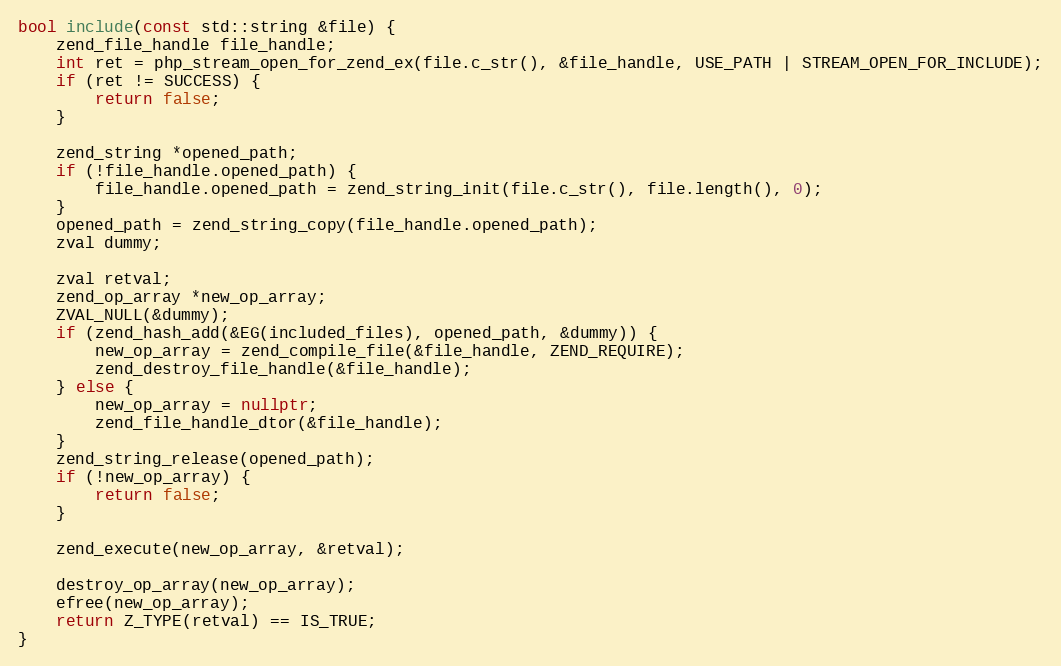
Language: C++
bool include(const std::string &file) {
    zend_file_handle file_handle;
    int ret = php_stream_open_for_zend_ex(file.c_str(), &file_handle, USE_PATH | STREAM_OPEN_FOR_INCLUDE);
    if (ret != SUCCESS) {
        return false;
    }

    zend_string *opened_path;
    if (!file_handle.opened_path) {
        file_handle.opened_path = zend_string_init(file.c_str(), file.length(), 0);
    }
    opened_path = zend_string_copy(file_handle.opened_path);
    zval dummy;

    zval retval;
    zend_op_array *new_op_array;
    ZVAL_NULL(&dummy);
    if (zend_hash_add(&EG(included_files), opened_path, &dummy)) {
        new_op_array = zend_compile_file(&file_handle, ZEND_REQUIRE);
        zend_destroy_file_handle(&file_handle);
    } else {
        new_op_array = nullptr;
        zend_file_handle_dtor(&file_handle);
    }
    zend_string_release(opened_path);
    if (!new_op_array) {
        return false;
    }

    zend_execute(new_op_array, &retval);

    destroy_op_array(new_op_array);
    efree(new_op_array);
    return Z_TYPE(retval) == IS_TRUE;
}